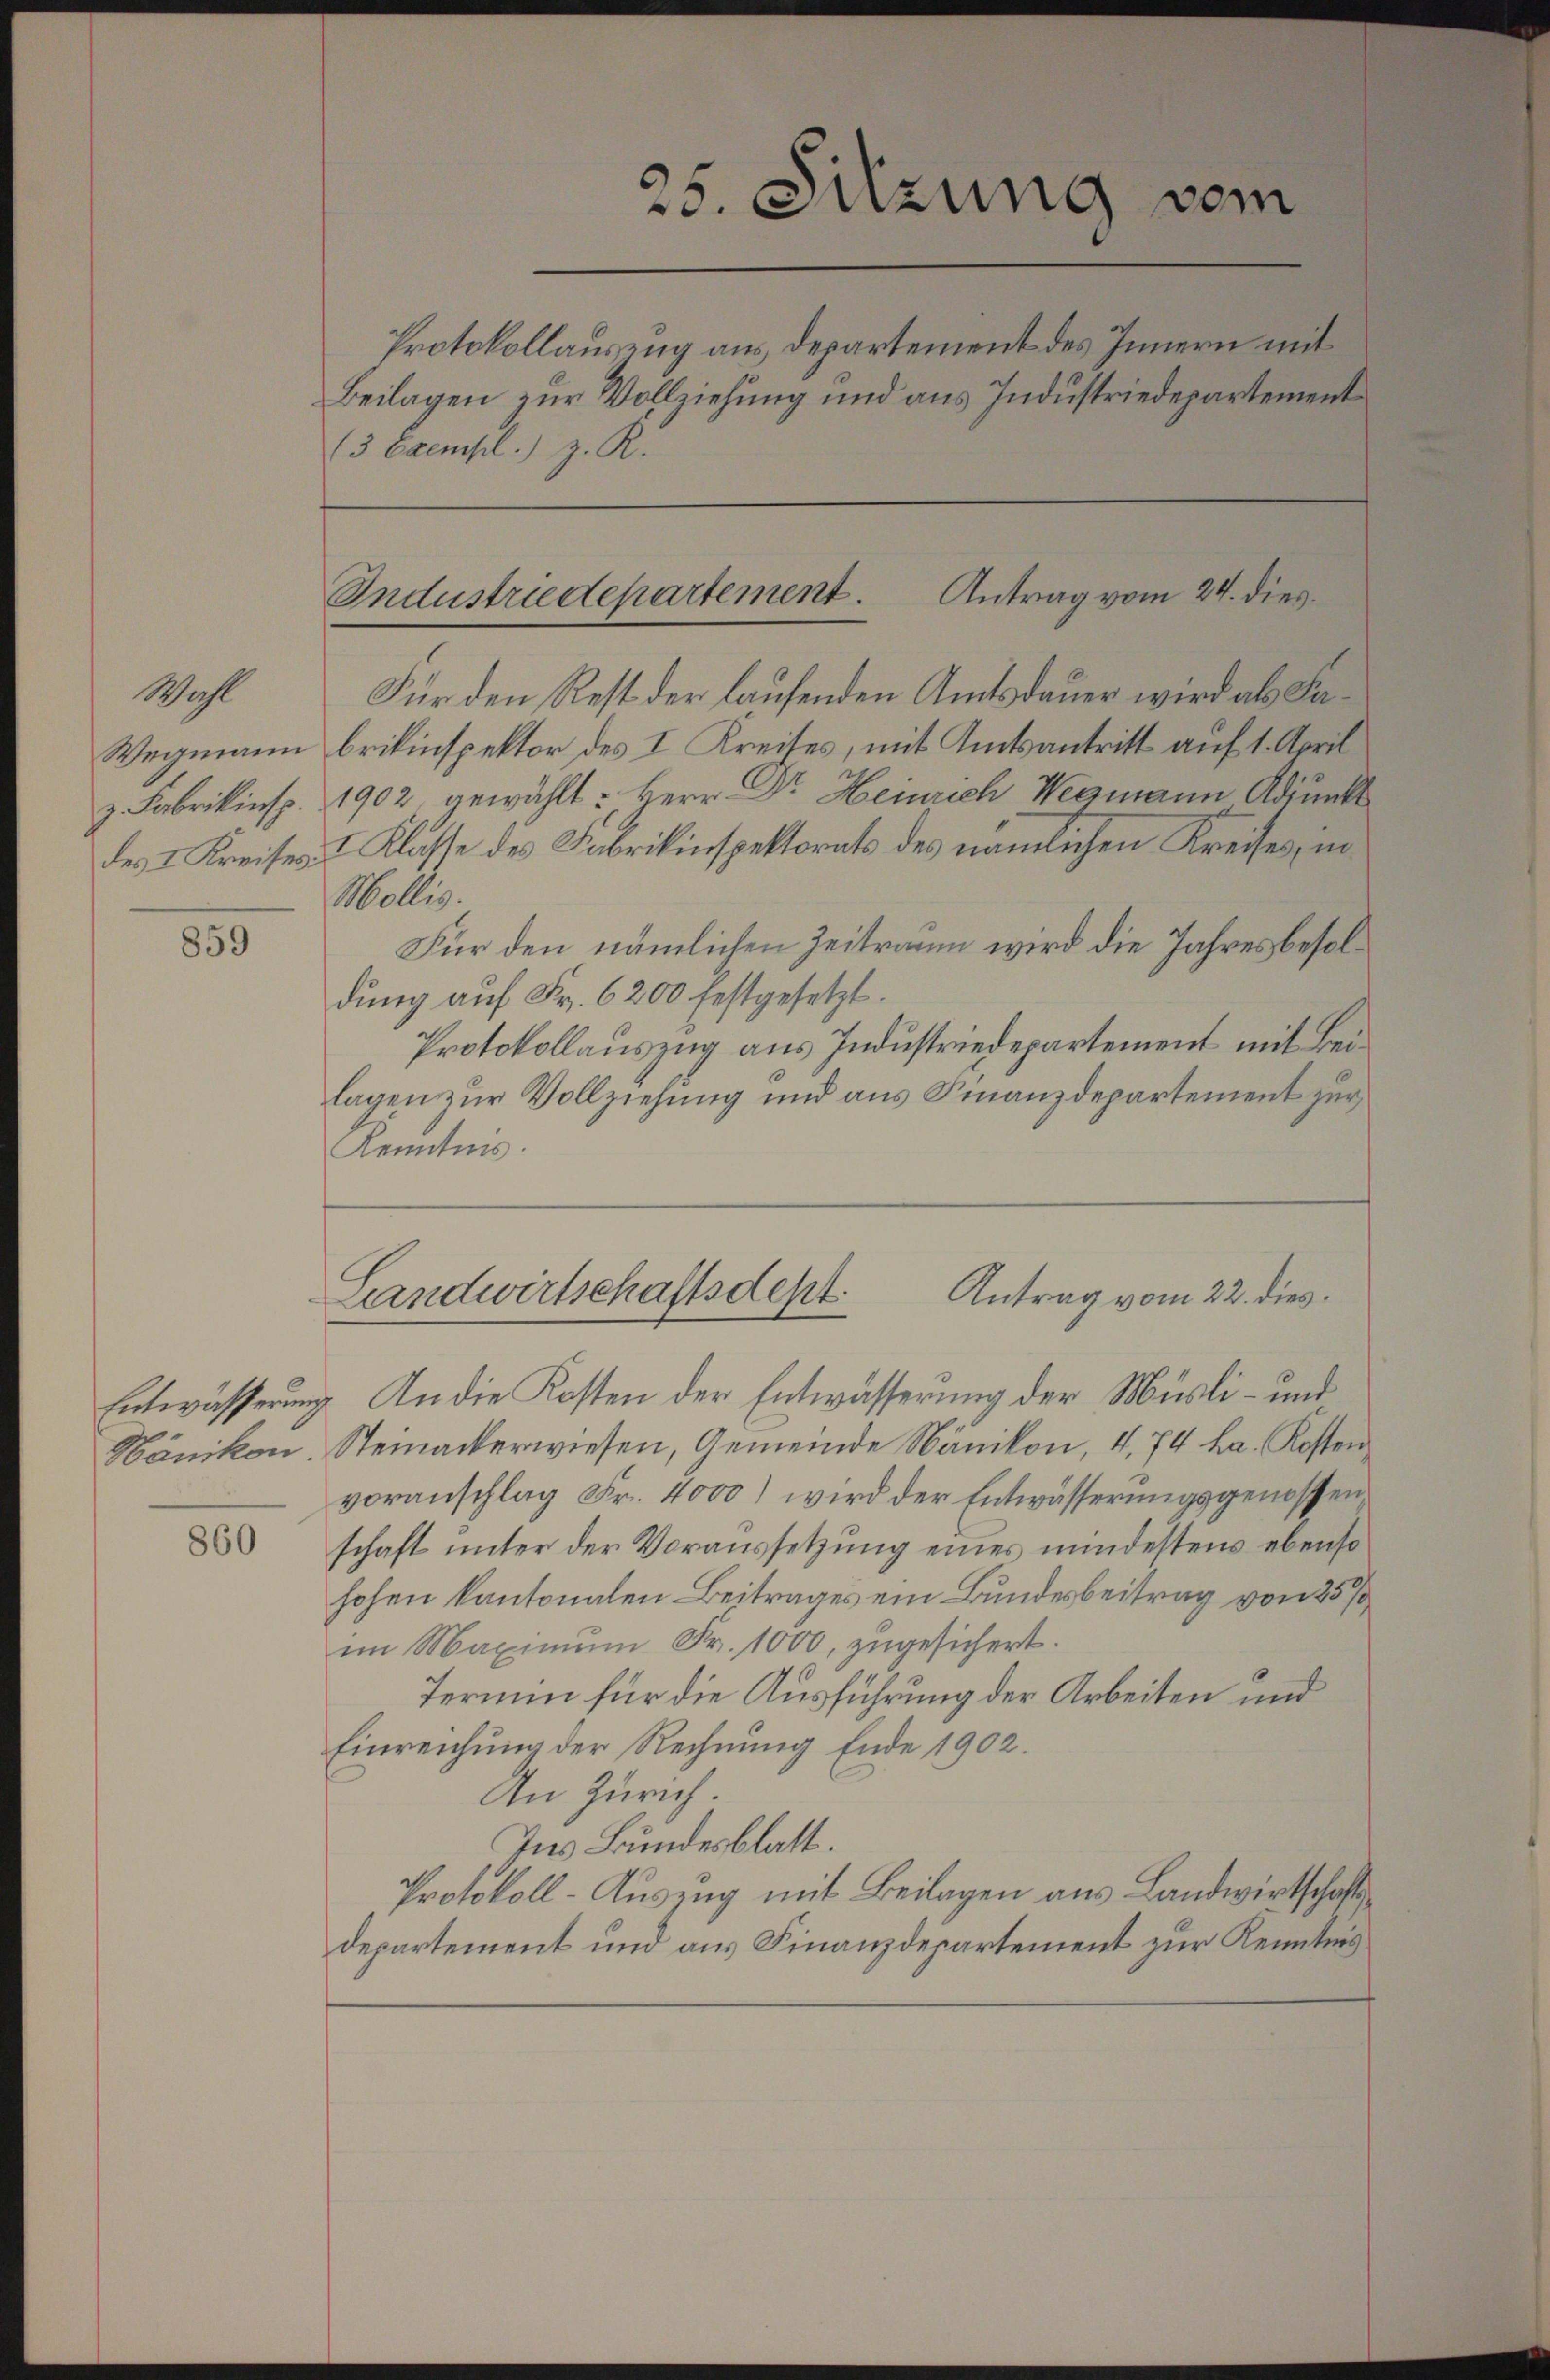
Wahl
Wegmann
z. Fabrikinsp
des I. Kreises:

859

860

13 Exempl.) z. R.

25. Sitzung vom
Protokollauszug aus Departement des Innern mit
Beilagen zur Vollziehung und aus Industriedepartement

Antrag vom 24. dies
Industriedepartement.

Für den Rest der laufenden Amtsdauer wird als Fabrikinspektor des I Kreises, mit Amtsantritt auf 1. April
1902 gewählt: Herr Dr. Heinrich Wegmann Adjunkt
I. Klasse des Fabrikinspektorats des nämlichen Kreises, no
Mollis.
Für den nämlichen Zeitraum wird die Jahres besoldung auf Fr. 6200 festgesetzt.
Protokollauszug aus Industriedepartement mit Beilagen zur Vollziehung und aus Finanzdepartement zur
Kenntnis.

Antrag vom 22. dies
Landwirtschaftsdept.

Entwässerung. An die Kosten der Entwässerung der Müsli- und
Nänikon. Steinackerwiesen, Gemeinde Nänikon, 4, 74 ha. Kosten
voranschlag Fr. 4000) wird der Entwässerungsgenossen
schaft unter der Voraussetzung eines mindestens ebenso
hohen kantonalen Beitrages ein Bundesbeitrag von 25/
im Maximum Fr. 1000, zugesichert.
Termin für die Ausführung der Arbeiten und
Einreichung der Rechnung Ende 1902.
An Zürich.
Ins Bundesblatt.
Protokoll-Auszug mit Beilagen aus Landwirtschaftsdepartement und aus Finanzdepartement zur Kenntnis